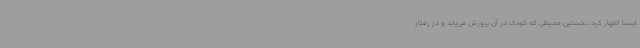
ایسنا اظهار کرد: نخستین محیطی که کودک در آن پرورش می‌یابد و در رفتار